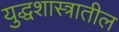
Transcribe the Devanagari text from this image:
युद्धशास्त्रातील